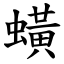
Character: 蟥